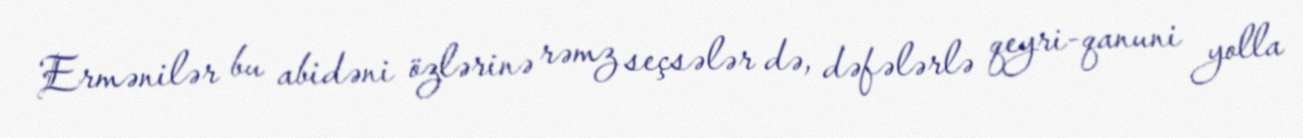
Ermənilər bu abidəni özlərinə rəmz seçsələr də, dəfələrlə qeyri-qanuni yolla